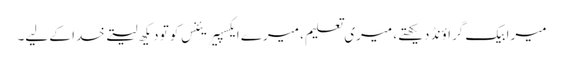
میرا بیک گراؤنڈ دیکھتے، میری تعلیم، میرے ایکسپیریئنس کو تو دیکھ لیتے خدا کے لیے۔